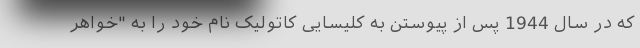
که در سال 1944 پس از پیوستن به کلیسایی کاتولیک نام خود را به "خواهر